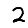
Digit: 2